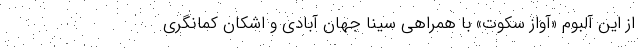
از این آلبوم «آواز سکوت» با همراهی سینا جهان آبادی و اشکان کمانگری